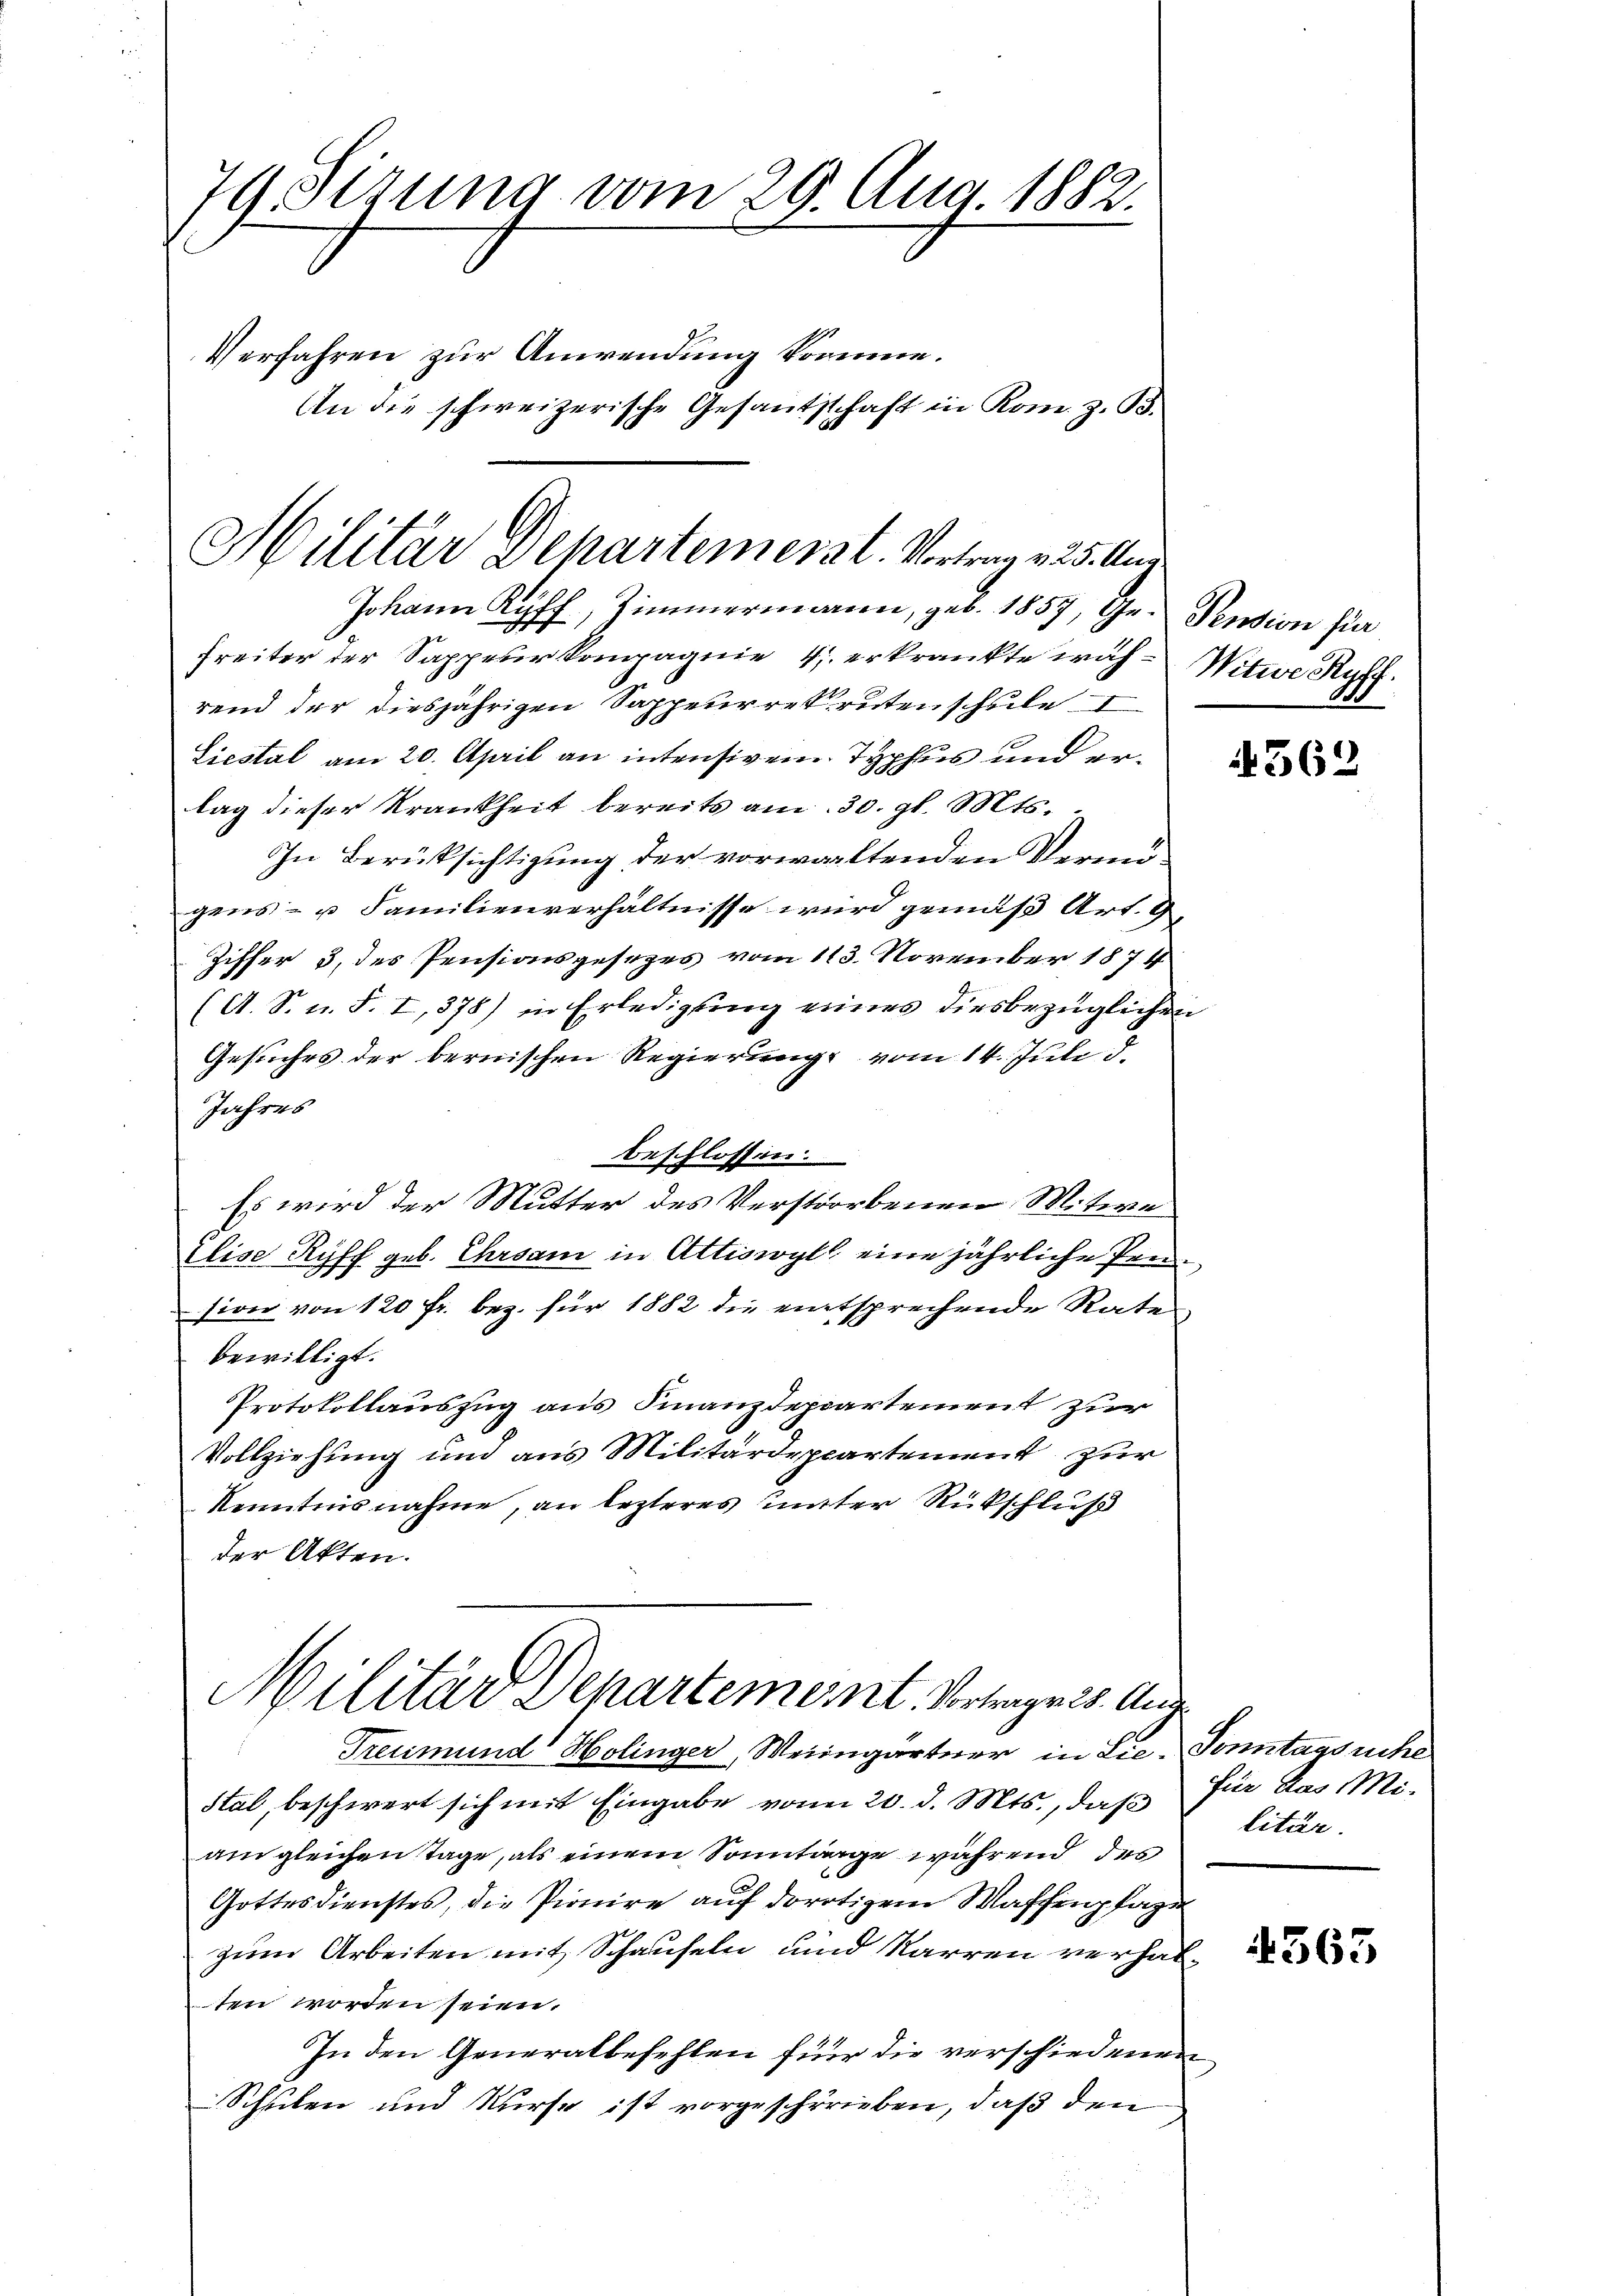
79 Sizung vom 20. Aug. 1882.
Verfahren zur Anwendung komme.
An die schweizerische Gesantschaft in Rom z. B.
8

Militär Departemenst. Vortrag . 25. Aug

Johann Kyff, Zimmermann, geb. 1857, Ge- Pension für
Freiter der Sappeur Kompagnie 4 erkränkte wahrend der diesjährigen Sappeurrekrutenschule I
Liestal am 20. April an intensiven Typhus und ertag dieser Krankheit bereits am 30. gl. Mts.
In Berüksichtigung der vorwaltenden Vermögens- u Familienverhältnisse wird gemäß Art. 9,
Ziffer 3, des Pensionsgesezes vom 113. November 1874
(A. S. n. F. I,378) in Erledigung eines diesbezüglichen
Gesuches der bernischen Regierung vom 14. Juli d.
Jahres
beschlossen.
Es wird der Mutter des Verstorbenen Mitwe
Elise Ryff geb. Ehrsam in Attiswyl eine jährliche Prüsion von 120 fr. bez. für 1882 die entsprechende Rate
bewilligt.
Protokollauszug aus Finanzdepartement zur
.
Vollziehung und aus Militärdepartement zur
Kenntnisnahme, an lezteres unter Rückschluß
der Akten.
Militär Departement. Vortrage 28. Aug.
Treumund Holinger, Weingärtner in Lie-Sonntagssche
stal, beschwert sich mit Eingabe vom 20. d. Mts., daß für das Mi-
am gleichen Tage, als einem Sonntage während des
Gottesdienstes, die Pionire auf dortigem Waffenpfagen
zum Arbeiten mit Schauseln und Karren verhalten worden seien.
In den Generalbefehlen für die verschiedenen
Schulen und Kurse ist vorgeschrieben, daß den

Witwe Ryff

362

litär.

4563